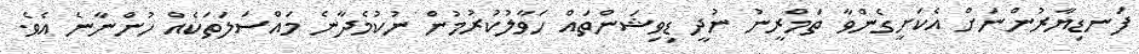
ފަނޑިޔާރުންނަށް އެކަށީގެންވާ ތަމްރީނު ނުދީ ޑިވިޝަންތައް ހަވާލުކުރުމުން ނުކުމެދާނެ މައްސަލަތަކެއް ހުންނާނެ އެވެ.